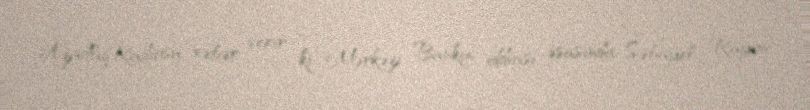
AzadlıqRadiosu xəbər verir ki, Mərkəzi Bankın iddiası əsasında Səbayel Rayon